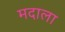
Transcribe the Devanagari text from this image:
मदाला